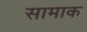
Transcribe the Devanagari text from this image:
सामाक